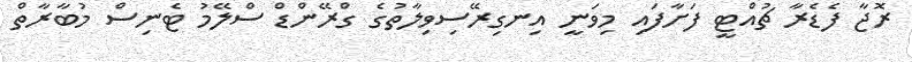
ރޮޖާ ފެޑެރާ ޗުއްޓީ ފަށާފައި މިވަނީ އިނގިރޭސިވިލާތުގެ ގްރޭންޑް ސްލޭމު ޓެނިސް މުބާރާތް